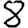
Digit: 8